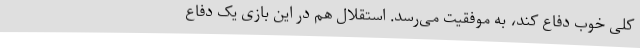
کلی خوب دفاع کند، به موفقیت می‌رسد. استقلال هم در این بازی یک دفاع